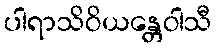
ပါရာသိဝိယန္တေဝါသီ